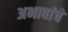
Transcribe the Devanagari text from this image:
अभावांचे